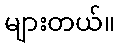
များတယ်။